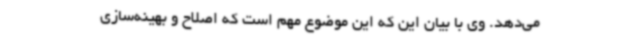
می‌دهد. وی با بیان این که این موضوع مهم است که اصلاح و بهینه‌سازی